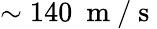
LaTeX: \sim 140~\mathrm{~m~/~s~}